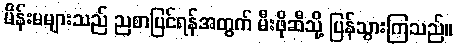
မိန်းမများသည် ညစာပြင်ရန်အတွက် မီးဖိုဆီသို့ ပြန်သွားကြသည်။